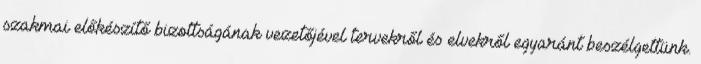
szakmai előkészítő bizottságának vezetőjével tervekről és elvekről egyaránt beszélgettünk.